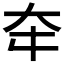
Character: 𡗢